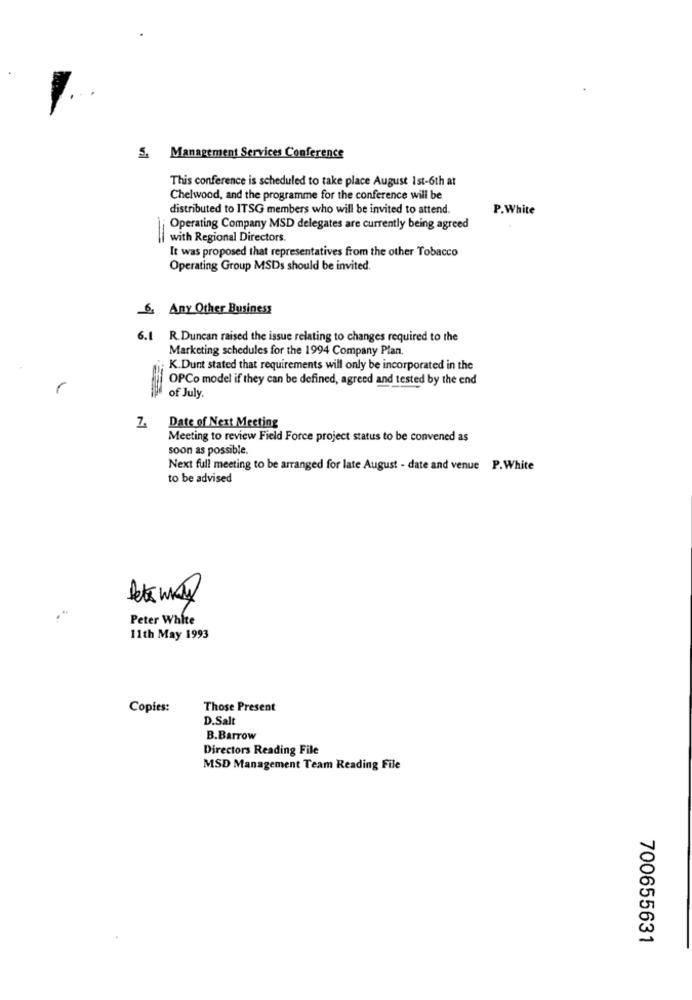
S. Management Services Conference
This conference is scheduled to take place August 1st-6th at
Chelwood, and the programme for the conference will be
distributed to ITSG members who will be invited to attend.
P.White
Operating Company MSD delegates are currently being agreed
with Regional Directors.
It was proposed that representatives from the other Tobacco
Operating Group MSDs should be invited.
6. Any Other Business
6.1 R.Duncan raised the issue relating to changes required to the
Marketing schedules for the 1994 Company Plan.
K.Dunt stated that requirements will only be incorporated in the
OPCo model if they can be defined, agreed and tested by the end
of July.
7. Date of Next Meeting
Meeting to review Field Force project status to be convened as
soon as possible.
Next full meeting to be arranged for late August - date and venue P.White
to be advised
Peter White
11th May 1993
Copies:
Those Present
D.Salt
B.Barrow
Directors Reading File
MSD Management Team Reading File
700655631